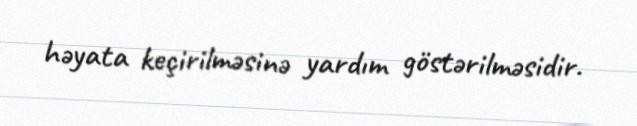
həyata keçirilməsinə yardım göstərilməsidir.